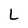
Character: L